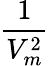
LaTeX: \frac{1}{V_{m}^{2}}